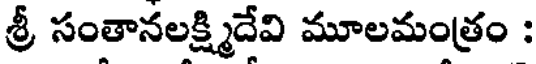
శ్రీ సంతానలక్ష్మిదేవి మూలమంత్రం :